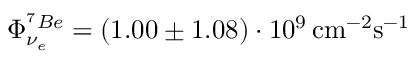
\Phi _ { \nu _ { e } } ^ { ^ 7 B e } = ( 1 . 0 0 \pm 1 . 0 8 ) \cdot 1 0 ^ { 9 } \, \mathrm { c m } ^ { - 2 } \mathrm { s } ^ { - 1 }